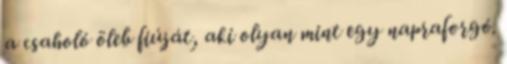
a csaholó öleb fiúját, aki olyan mint egy napraforgó.